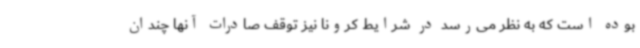
بوده است که به نظر می‌رسد در شرایط کرونا نیز توقف صادرات آنها چندان